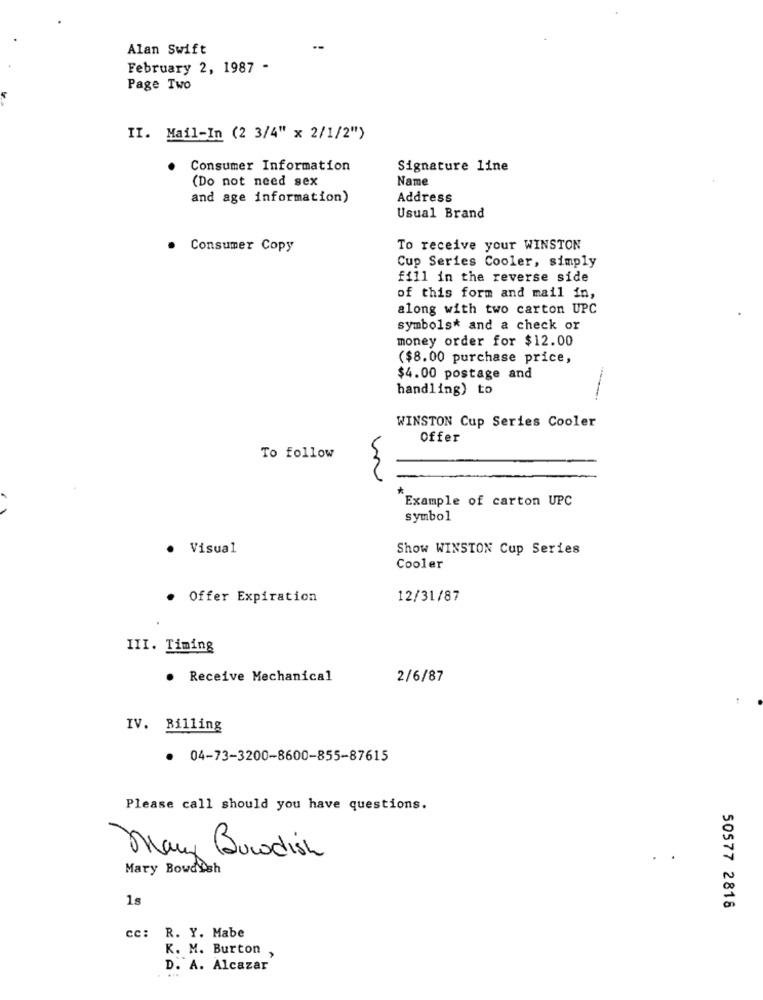
Alan Swift
February 2, 1987 -
Page Two
II. Mail-In (2 3/4" x 2/1/2">
Consumer Information
Signature line
(Do not need sex
Name
and age information)
Address
Usual Brand
Consumer Copy
To receive your WINSTON
Cup Series Cooler, simply
fill in the reverse side
of this form and mail in,
along with two carton UPC
symbols* and a check or
money order for $12.00
($8.00 purchase price,
$4.00 postage and
handling) to
WINSTON Cup Series Cooler
Offer
To follow
*
Example of carton UPC
symbol
Visual
Show WINSTON Cup Series
Cooler
.
Offer Expiration
12/31/87
III. Timing
· Receive Mechanical
2/6/87
IV. Billing
04-73-3200-8600-855-87615
Please call should you have questions.
Bucodish
Mary Bowdish
1s
50577 2818
cc: R. Y. Mabe
K. M. Burton
D. A. Alcazar